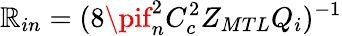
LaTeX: \mathbb{R}_{in}=(8\pif_{n}^{2}C_{c}^{2}Z_{MTL}Q_{i})^{-1}